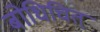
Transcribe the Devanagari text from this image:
बोधिचित्